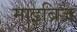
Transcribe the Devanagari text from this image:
माइब्रिज